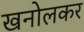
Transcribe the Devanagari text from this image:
खनोलकर